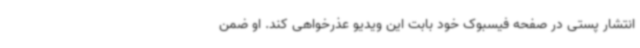
انتشار پستی در صفحه فیسبوک خود بابت این ویدیو عذرخواهی کند. او ضمن